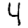
Digit: 4